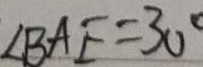
\angle B A E = 3 0 ^ { \circ }